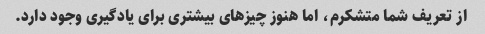
از تعریف شما متشکرم، اما هنوز چیزهای بیشتری برای یادگیری وجود دارد.